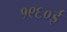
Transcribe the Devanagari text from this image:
१९६०ई